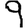
Digit: 9